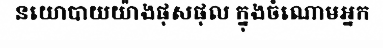
នយោបាយយ៉ាងផុសផុល ក្នុងចំណោមអ្នក